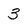
Character: 3